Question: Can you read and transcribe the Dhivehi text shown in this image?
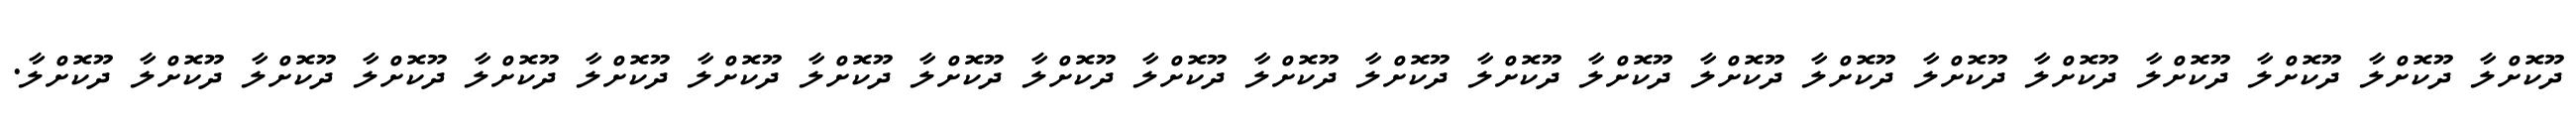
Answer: ދޫކޮށްލާ ދޫކޮށްލާ ދޫކޮށްލާ ދޫކޮށްލާ ދޫކޮށްލާ ދޫކޮށްލާ ދޫކޮށްލާ ދޫކޮށްލާ ދޫކޮށްލާ ދޫކޮށްލާ ދޫކޮށްލާ ދޫކޮށްލާ ދޫކޮށްލާ ދޫކޮށްލާ ދޫކޮށްލާ ދޫކޮށްލާ ދޫކޮށްލާ ދޫކޮށްލާ ދޫކޮށްލާ ދޫކޮށްލާ ދޫކޮށްލާ ދޫކޮށްލާ ދޫކޮށްލާ.